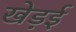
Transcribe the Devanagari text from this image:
खेड़ई